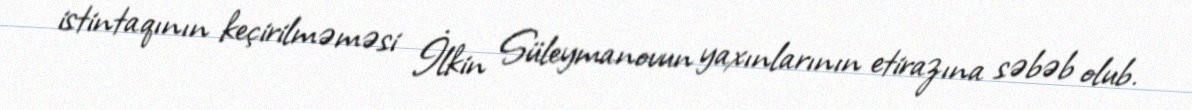
istintaqının keçirilməməsi İlkin Süleymanovun yaxınlarının etirazına səbəb olub.